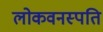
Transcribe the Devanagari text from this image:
लोकवनस्पति